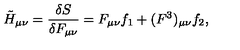
\tilde { H } _ { \mu \nu } = { \frac { \delta S } { \delta F _ { \mu \nu } } } = F _ { \mu \nu } f _ { 1 } + ( F ^ { 3 } ) _ { \mu \nu } f _ { 2 } ,